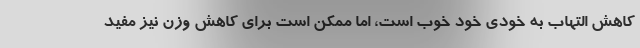
کاهش التهاب به خودی خود خوب است، اما ممکن است برای کاهش وزن نیز مفید